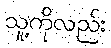
သူ့ကိုလည်း